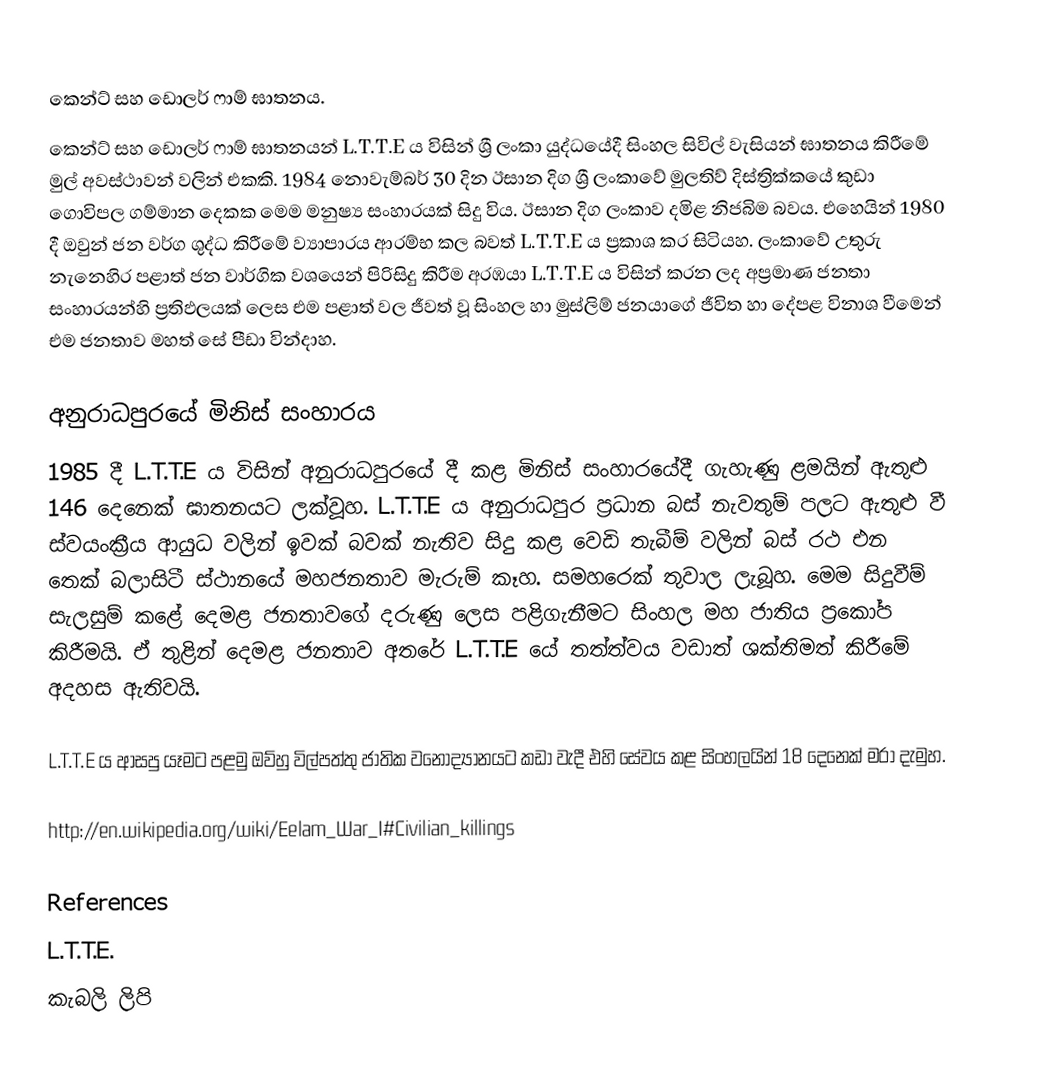
කෙන්ට් සහ ඩොලර් ෆාම් ඝාතනය.
කෙන්ට් සහ ඩොලර් ෆාම් ඝාතනයන් L.T.T.E ය  විසින් ශ්‍රී ලංකා යුද්ධයේදී සිංහල සිවිල් වැසියන් ඝාතනය කිරීමේ මුල් අවස්ථාවන් වලින් එකකි.  1984  නොවැම්බර් 30 දින ඊසාන දිග ශ්‍රී ලංකාවේ මුලතිව් දිස්ත්‍රික්කයේ කුඩා ගොවිපල ගම්මාන දෙකක මෙම මනුෂ්‍ය සංහාරයක් සිදු විය. ඊසාන දිග ලංකාව දමිළ නිජබිම බවය. එහෙයින් 1980 දී ඔවුන් ජන වර්ග ශුද්ධ කිරීමේ ව්‍යාපාරය ආරම්භ කල බවත් L.T.T.E ය ප්‍රකාශ කර සිටියහ. ලංකාවේ උතුරු නැනෙහිර පළාත් ජන වාර්ගික වශයෙන් පිරිසිදු කිරීම අරඹයා L.T.T.E ය විසින් කරන ලද අප්‍රමාණ ජනතා සංහාරයන්හි ප්‍රතිඵලයක් ලෙස එම පළාත් වල ජීවත් වූ සිංහල හා මුස්ලිම් ජනයාගේ ජීවිත හා දේපළ විනාශ වීමෙන් එම ජනතාව මහත් සේ පීඩා වින්දාහ.

අනුරාධපුරයේ මිනිස් සංහාරය
1985 දී L.T.T.E ය විසින් අනුරාධපුරයේ දී කළ මිනිස් සංහාරයේදී ගැහැණු ළමයින් ඇතුළු 146 දෙනෙක් ඝාතනයට ලක්වූහ. L.T.T.E ය අනුරාධපුර ප්‍රධාන බස් නැවතුම් පලට ඇතුළු වී ස්වයංක්‍රීය ආයුධ වලින් ඉවක් බවක් නැතිව සිදු කළ වෙඩි තැබීම් වලින් බස් රථ එන තෙක් බලාසිටී ස්ථානයේ මහජනතාව මැරුම් කෑහ. සමහරෙක් තුවාල ලැබූහ. මෙම සිදුවීම් සැලසුම් කළේ දෙමළ ජනතාවගේ දරුණු ලෙස පළිගැනීමට සිංහල මහ ජාතිය ප්‍රකෝප කිරීමයි. ඒ තුළින් දෙමළ ජනතාව අතරේ L.T.T.E යේ තත්ත්වය වඩාත් ශක්තිමත් කිරීමේ අදහස ඇතිවයි.

L.T.T.E ය ආසපු යෑමට පළමු ඔව්හු විල්පත්තු ජාතික වනොද්‍යානයට කඩා වැදී එහි සේවය කළ සිංහලයින් 18 දෙනෙක් මරා දැමුහ.

http://en.wikipedia.org/wiki/Eelam_War_I#Civilian_killings

References
L.T.T.E.
කැබලි ලිපි